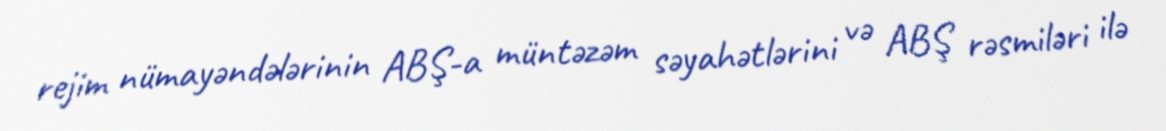
rejim nümayəndələrinin ABŞ-a müntəzəm səyahətlərini və ABŞ rəsmiləri ilə